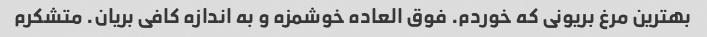
بهترین مرغ بریونی که خوردم. فوق العاده خوشمزه و به اندازه کافی بریان. متشکرم